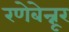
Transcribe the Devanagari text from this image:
रणेबेन्नूर